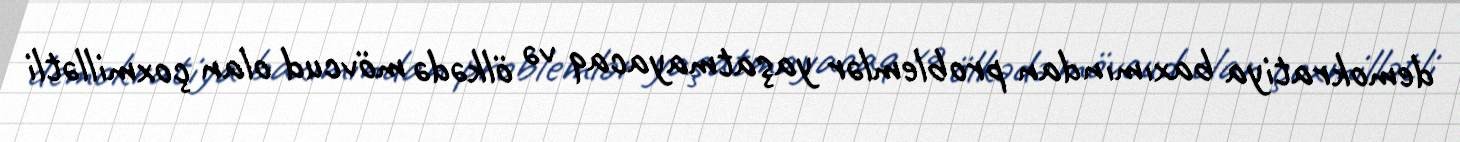
demokratiya baxımından problemlər yaşatmayacaq və ölkədə mövcud olan çoxmillətli